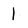
Character: l